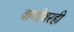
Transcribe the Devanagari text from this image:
वाणीवरही